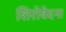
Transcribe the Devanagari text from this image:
शिरोवेदना